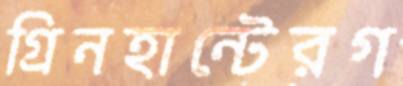
গ্রিনহান্টেরগ